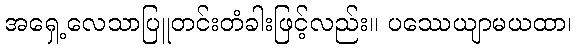
အရှေ့လေသာပြူတင်းတံခါးဖြင့်လည်း။ ပဿေယျာမယထာ၊